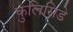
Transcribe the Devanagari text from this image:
कुलिसिडे